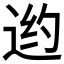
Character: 𲅙